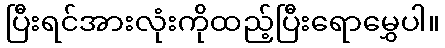
ပြီးရင်အားလုံးကိုထည့်ပြီးရောမွှေပါ။